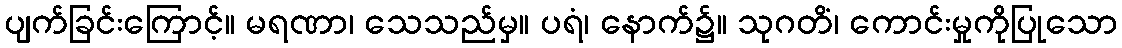
ပျက်ခြင်းကြောင့်။ မရဏာ၊ သေသည်မှ။ ပရံ၊ နောက်၌။ သုဂတိံ၊ ကောင်းမှုကိုပြုသော